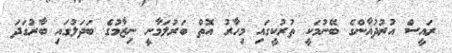
ރައީސް އުރުދުޣާންގެ ބޭނުމަކީ ތުރުކީގައި މިހާރު އޮތް ބަރުލަމާނީ ނިޒާމުގެ ބަދަލުގައި ބާރުގަދަ